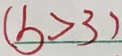
( b > 3 )